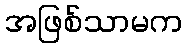
အဖြစ်သာမက